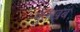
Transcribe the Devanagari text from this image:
मुंतख़ब